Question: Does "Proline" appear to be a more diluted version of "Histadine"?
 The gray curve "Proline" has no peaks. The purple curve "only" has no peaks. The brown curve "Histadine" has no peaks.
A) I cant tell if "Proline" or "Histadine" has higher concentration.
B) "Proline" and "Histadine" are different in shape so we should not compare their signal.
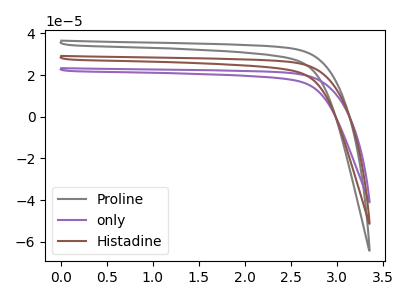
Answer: <think>Neither "Proline" or "Histadine" have any peaks.
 </think>
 <answer>A) I cant tell if "Proline" or "Histadine" has higher concentration.</answer>
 <eval>A</eval>